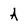
Character: A